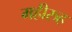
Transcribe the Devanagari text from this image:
महीरुह